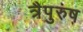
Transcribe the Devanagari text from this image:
त्रैपुरुष